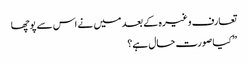
تعارف وغیرہ کے بعد میں نے اس سے پوچھا
” کیا صورت حال ہے؟